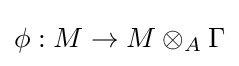
\phi :M\to M\otimes _{A}\Gamma